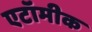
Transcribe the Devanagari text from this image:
एटॉमीक